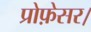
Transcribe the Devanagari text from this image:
प्रोफ़ेसर।